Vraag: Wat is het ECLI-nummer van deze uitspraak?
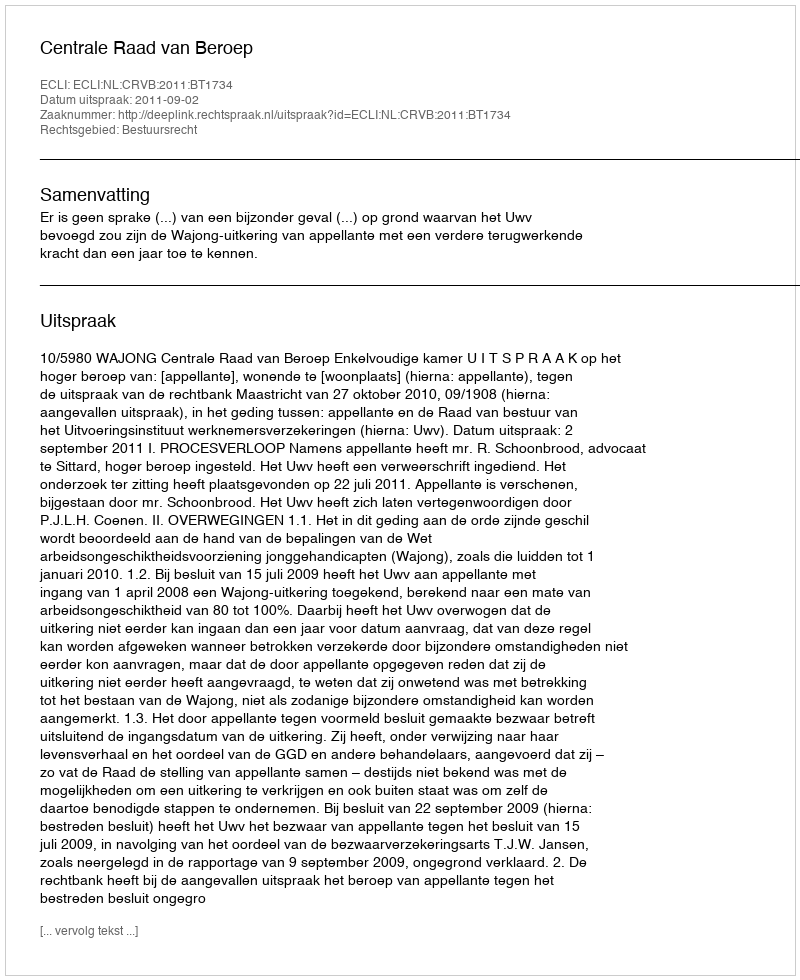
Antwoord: ECLI:NL:CRVB:2011:BT1734